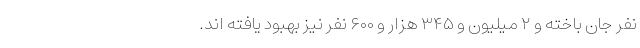
نفر جان باخته و ۲ میلیون و ۳۴۵ هزار و ۶۰۰ نفر نیز بهبود یافته اند.